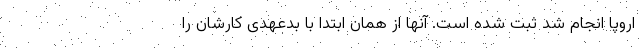
اروپا انجام شد ثبت شده است. آنها از همان ابتدا با بدعهدی کارشان را